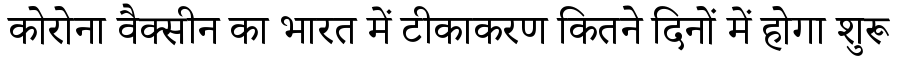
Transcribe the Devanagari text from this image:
कोरोना वैक्सीन का भारत में टीकाकरण कितने दिनों में होगा शुरू